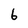
Character: 6